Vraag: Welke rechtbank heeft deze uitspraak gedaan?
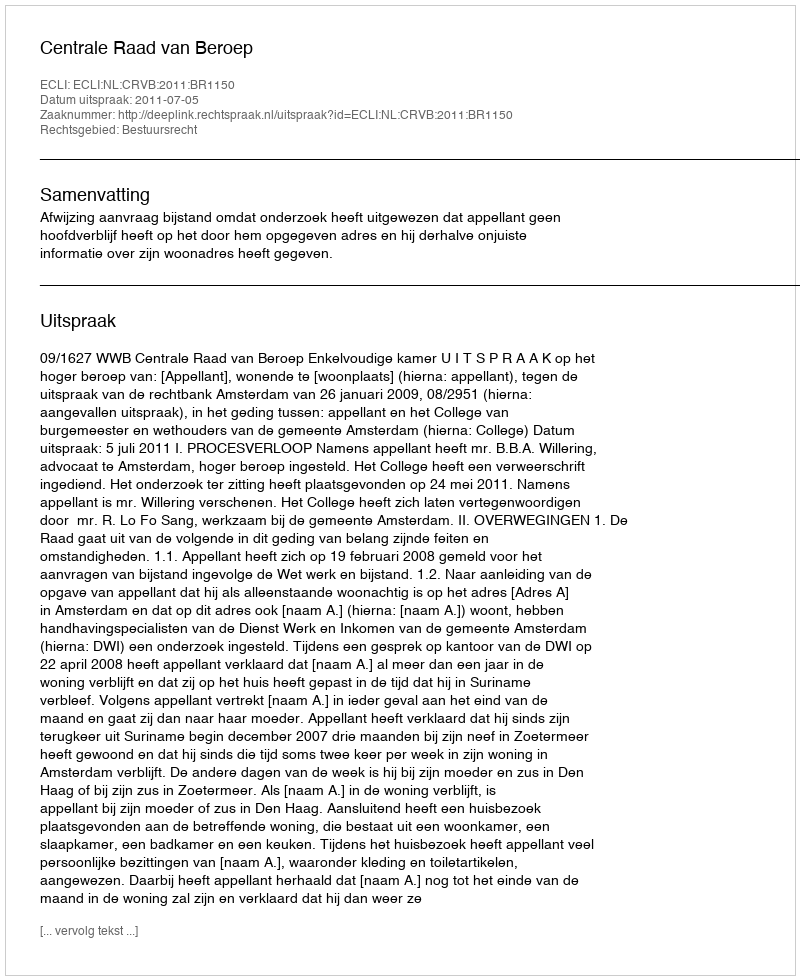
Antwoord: Centrale Raad van Beroep